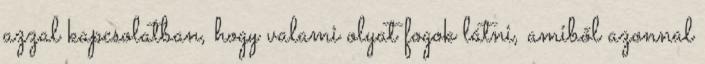
azzal kapcsolatban, hogy valami olyat fogok látni, amiből azonnal